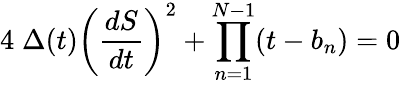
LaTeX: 4\; \Delta(t)\left({\frac{dS}{dt}}\right)^{2}+\prod_{n=1}^{N-1}(t-b_{n})=0